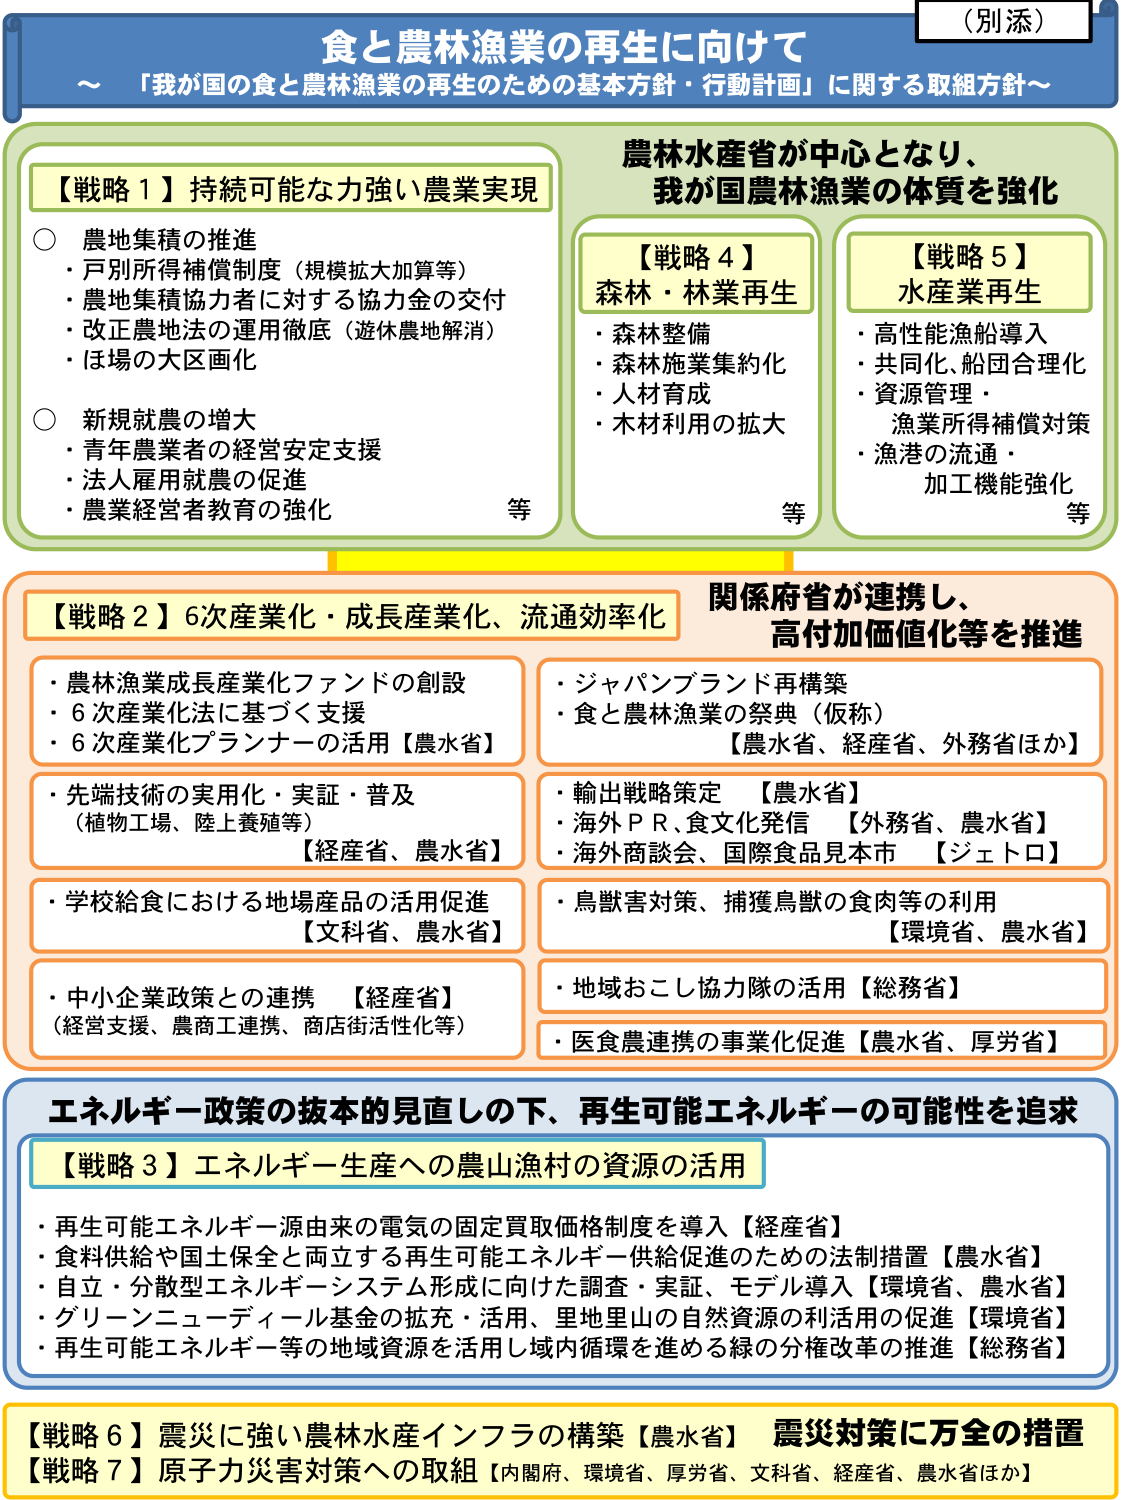
（別添）
食と農林漁業の再生に向けて
～「我が国の食と農林漁業の再生のための基本方針・行動計画」に関する取組方針～

農林水産省が中心となり、
我が国農林漁業の体質を強化

【戦略１】持続可能な力強い農業実現
○ 農地集積の推進
・戸別所得補償制度（規模拡大加算等）
・農地集積協力者に対する協力金の交付
・改正農地法の運用徹底（遊休農地解消）
・ほ場の大区画化
○ 新規就農の増大
・青年農業者の経営安定支援
・法人雇用就農の促進
・農業経営者教育の強化
等

【戦略４】森林・林業再生
・森林整備
・森林施業集約化
・人材育成
・木材利用の拡大
等

【戦略５】水産業再生
・高性能漁船導入
・共同化、船団合理化
・資源管理・
　漁業所得補償対策
・漁港の流通・
　加工機能強化
等

関係府省が連携し、
高付加価値化等を推進

【戦略２】６次産業化・成長産業化、流通効率化
・農林漁業成長産業化ファンドの創設
・６次産業化法に基づく支援
・６次産業化プランナーの活用【農水省】
・先端技術の実用化・実証・普及
　（植物工場、陸上養殖等）
　【経産省、農水省】
・学校給食における地場産品の活用促進
　【文科省、農水省】
・中小企業政策との連携　【経産省】
　（経営支援、農商工連携、商店街活性化等）
・ジャパンブランド再構築
・食と農林漁業の祭典（仮称）
　【農水省、経産省、外務省ほか】
・輸出戦略策定　【農水省】
・海外ＰＲ、食文化発信　【外務省、農水省】
・海外商談会、国際食品見本市　【ジェトロ】
・鳥獣害対策、捕獲鳥獣の食肉等の利用
　【環境省、農水省】
・地域おこし協力隊の活用【総務省】
・医食農連携の事業化促進【農水省、厚労省】

エネルギー政策の抜本的見直しの下、再生可能エネルギーの可能性を追求

【戦略３】エネルギー生産への農山漁村の資源の活用
・再生可能エネルギー源由来の電気の固定買取価格制度を導入【経産省】
・食料供給や国土保全と両立する再生可能エネルギー供給促進のための法制措置【農水省】
・自立・分散型エネルギーシステム形成に向けた調査・実証、モデル導入【環境省、農水省】
・グリーンニューディール基金の拡充・活用、里地里山の自然資源の利活用の促進【環境省】
・再生可能エネルギー等の地域資源を活用し域内循環を進める緑の分権改革の推進【総務省】

【戦略６】震災に強い農林水産インフラの構築【農水省】　震災対策に万全の措置
【戦略７】原子力災害対策への取組【内閣府、環境省、厚労省、文科省、経産省、農水省ほか】